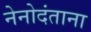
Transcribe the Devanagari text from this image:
नेनोदंताना